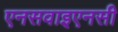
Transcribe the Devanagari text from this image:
एनसवाइएनसी